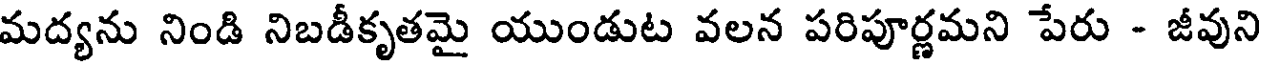
మద్యను నిండి నిబడీకృతమై యుండుట వలన పరిపూర్ణమని పేరు - జీవుని